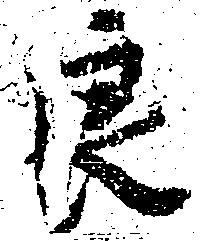
良